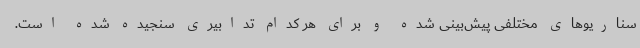
سناریوهای مختلفی پیش‌بینی شده و برای هر کدام تدابیری سنجیده شده است.